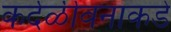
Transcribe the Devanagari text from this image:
कर्दळीवनाकडे